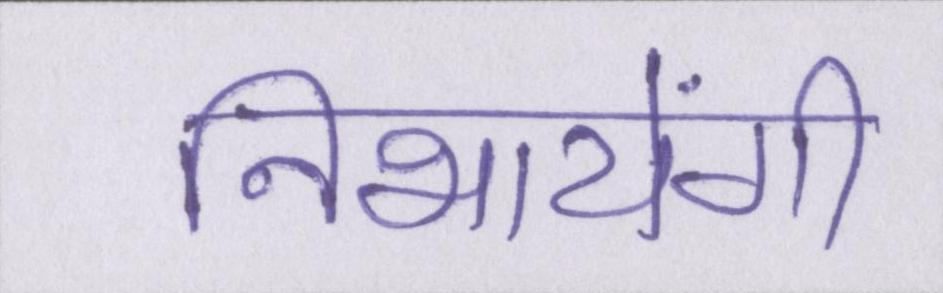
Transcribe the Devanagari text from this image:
निभायेंगी